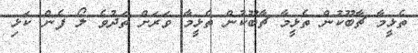
ތެޅީމާ ޗާބޫކުން ތެޅީމާ ޗާބޫކުން ތެޅީމާ ވަރަށް ތަދުވެ ލޯ ފެން ކަޅި